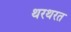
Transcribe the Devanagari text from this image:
थरथरत